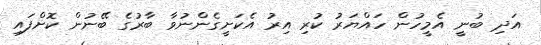
އަދި ބުނީ އެމީހުން ހައްޔަރު ކުރި އިރު އެކަށީގެންނުވާ ބާރުގެ ބޭނުން ކޮށްފައި